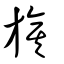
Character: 旗